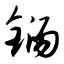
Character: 铴